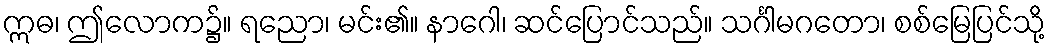
ဣဓ၊ ဤလောက၌။ ရညော၊ မင်း၏။ နာဂေါ၊ ဆင်ပြောင်သည်။ သင်္ဂါမဂတော၊ စစ်မြေပြင်သို့